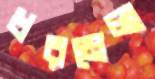
ধরমেলা